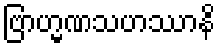
ဗြာဟ္မဏသဟဿာနိ